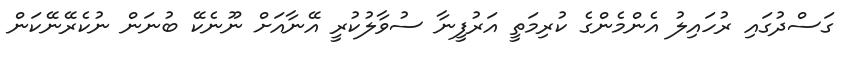
ގަސްދުގައި ރުހައިލު އެންމެންގެ ކުރިމަތީ އަރުފީނާ ސުވާލުކުރީ އޭނާއަށް ނޫނެކޭ ބުނަން ނުކެރޭނޭކަން